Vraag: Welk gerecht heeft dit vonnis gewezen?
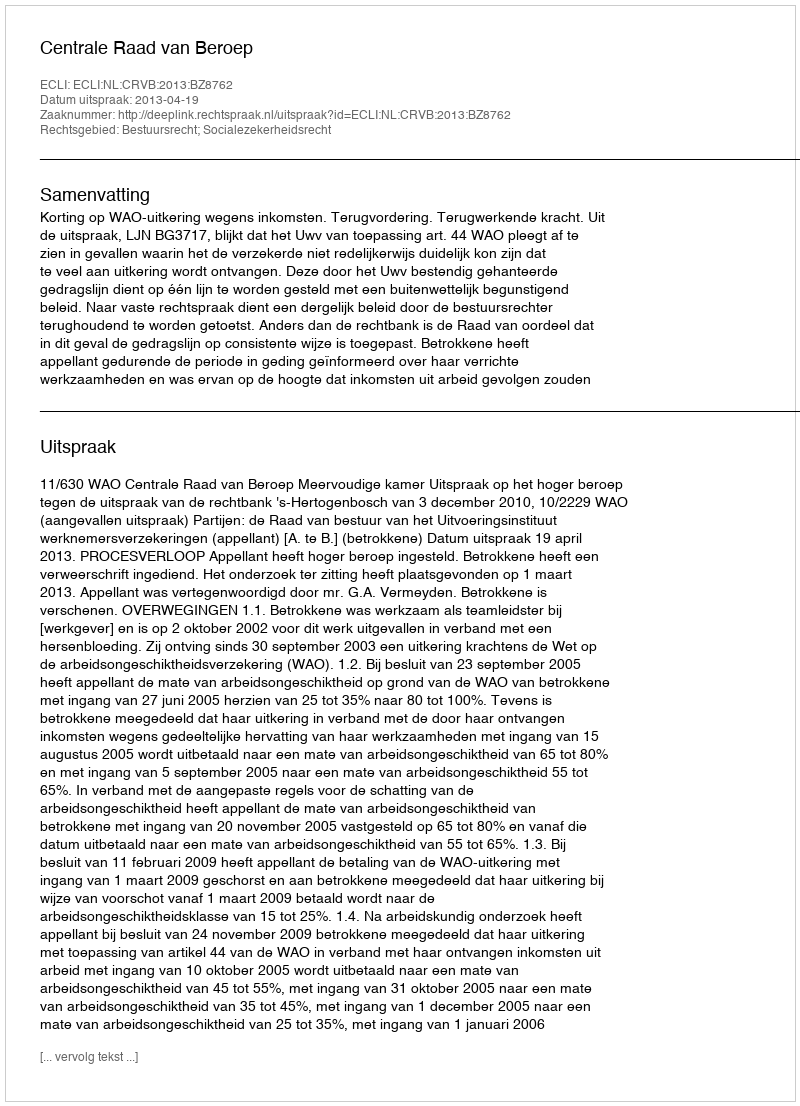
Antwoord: Centrale Raad van Beroep